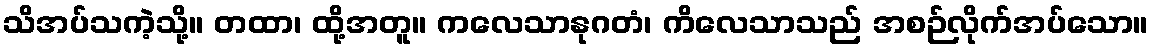
သိအပ်သကဲ့သို့။ တထာ၊ ထို့အတူ။ ကလေသာနုဂတံ၊ ကိလေသာသည် အစဉ်လိုက်အပ်သော။